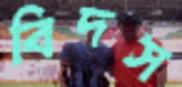
বিদস